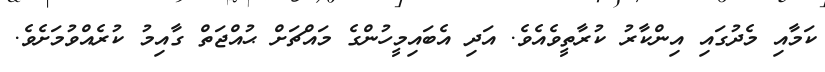
ކަމާއި މެދުގައި އިންކާރު ކުރާތީވެއެވެ. އަދި އެބައިމީހުންގެ މައްޗަށް ޙުއްޖަތް ގާއިމު ކުރެއްވުމަށެވެ.